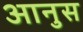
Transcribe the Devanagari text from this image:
आनुस